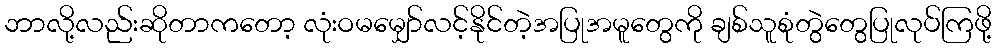
ဘာလို့လည်းဆိုတာကတော့ လုံးဝမမျှော်လင့်နိုင်တဲ့အပြုအမူတွေကို ချစ်သူစုံတွဲတွေပြုလုပ်ကြဖို့